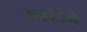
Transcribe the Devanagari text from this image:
उन्हांेने